Plague in India, 1896, 1897 - Volume 2
Year: 1896
Disease focus: Plague
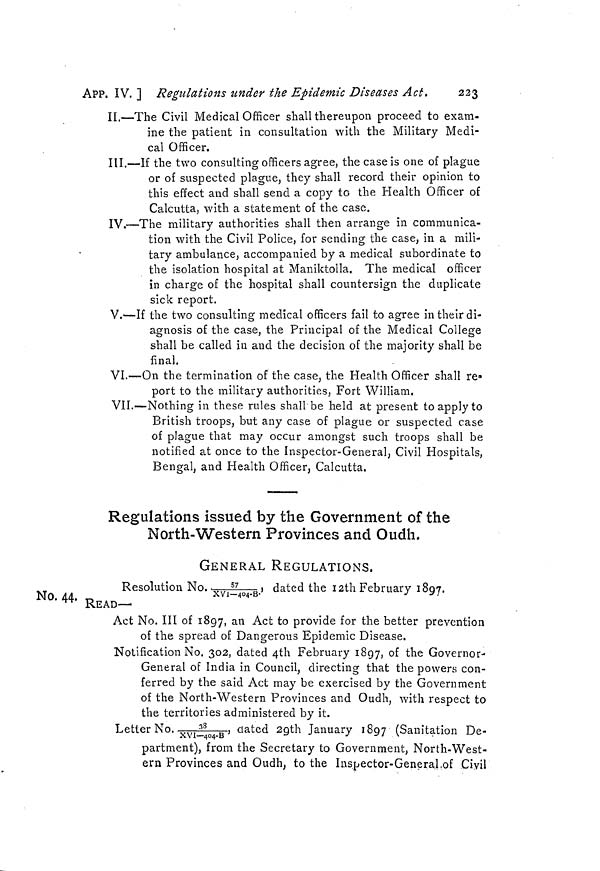
APP. IV. ] Regulations under the Epidemic Diseases Act,
223
II.—The Civil Medical Officer shall thereupon proceed to exam-
ine the patient in consultation with the Military Medi-
cal Officer.
III.—If the two consulting officers agree, the case is one of plague
or of suspected plague, they shall record their opinion to
this effect and shall send a copy to the Health Officer of
Calcutta, with a statement of the case.
IV.—The military authorities shall then arrange in communica-
tion with the Civil Police, for sending the case, in a mili-
tary ambulance, accompanied by a medical subordinate to
the isolation hospital at Maniktolla. The medical officer
in charge of the hospital shall countersign the duplicate
sick report.
V.—If the two consulting medical officers fail to agree in their di-
agnosis of the case, the Principal of the Medical College
shall be called in and the decision of the majority shall be
final.
VI.—On the termination of the case, the Health Officer shall re»
port to the military authorities, Fort William.
VII.—Nothing in these rules shall be held at present to apply to
British troops, but any case of plague or suspected case
of plague that may occur amongst such troops shall be
notified at once to the inspector-General, Civil Hospitals,
Bengal, and Health Officer, Calcutta.
Regulations issued by the Government of the
North-Western Provinces and Oudh.
GENERAL REGULATIONS.
No. 44.
Resolution N o . , 5 7 / X V 1 - 4 0 4 - B . dated the I2th February 1897.
READ—
Act No. III of 1897, an Act to provide for the better prevention
of the spread of Dangerous Epidemic Disease.
Notification No. 302, dated 4th February 1897, of the Governor-
General of India in Council, directing that the powers con-
ferred by the said Act may be exercised by the Government
of the North-Western Provinces and Oudh, with respect to
the territories administered by it.
Letter No. 38/XV1-404-B dated 29th January 1897 (Sanitation De-
partment), from the Secretary to Government, North-West-
ern Provinces and Oudh, to the Inspector-General,of Civil